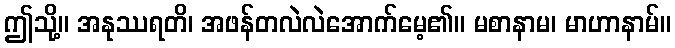
ဤသို့။ အနုဿရတိ၊ အဖန်တလဲလဲအောက်မေ့၏။ မစာနာမ၊ မာဟာနာမ်။